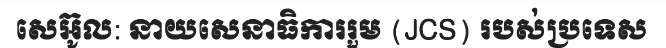
សេអ៊ូល: នាយសេនាធិការរួម (JCS) របស់ប្រទេស